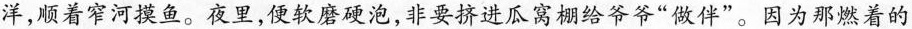
洋，顺着窄河摸鱼。夜里，便软磨硬泡，非要挤进瓜窝棚给爷爷”做件”。因为那燃着的